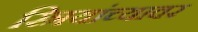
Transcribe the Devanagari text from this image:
स्त्रियांच्यावर